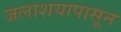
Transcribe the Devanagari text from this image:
जलाशयापासून